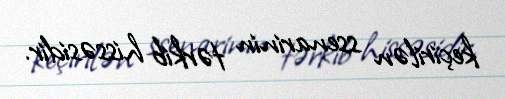
keçirilən ssenarinin tərkib hissəsidir.